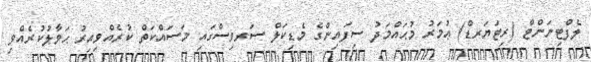
ލެފްޓިނަންޓް (ރިޓަޔަރޑް) ޢުމަރު މުޙައްމަދު ސިފައިންގެ މެޑިކަލް ސަރވިސްގައި މަސައްކަތް ކުރެއްވިއިރު ޙަވާލުކުރެއްވި